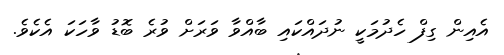
އެއިން ގިފް ހެދުމަކީ ނުދައްކައި ބާއްވާ ވަރަށް ވުރެ ބޮޑު ވާހަކަ އެކެވެ.